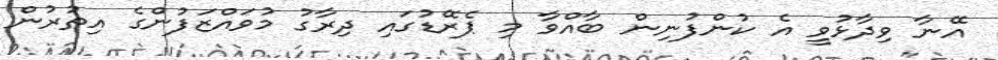
އޭނާ ވިދާޅުވީ އެ ކުންފުނިން ބާއްވާ މި ޕެރޭޑުގައި ދިރާގު މުވައްޒަފުންގެ އިތުރުން